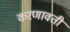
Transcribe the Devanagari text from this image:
करणावती